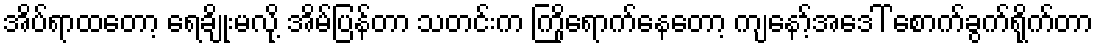
အိပ်ရာထတော့ ရေချိုးမလို့ အိမ်ပြန်တာ သတင်းက ကြိုရောက်နေတော့ ကျနော့်အဒေါ် စောက်ခွက်ရိုက်တာ